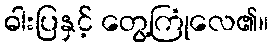
ဓါးပြနှင့် တွေ့ကြုံလေ၏။